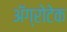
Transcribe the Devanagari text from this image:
अॅग्रोटेक